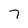
Character: 7